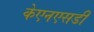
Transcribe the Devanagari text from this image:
केएनएसडी